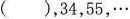
( )，34，55，…